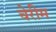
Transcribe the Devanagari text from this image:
चेरीम